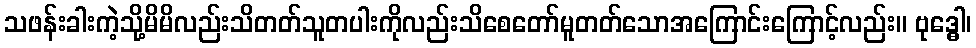
သဖန်းခါးကဲ့သို့မိမိလည်းသိတတ်သူတပါးကိုလည်းသိစေတော်မူတတ်သောအကြောင်းကြောင့်လည်း။ ဗုဒ္ဓေါ၊